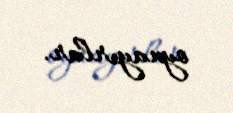
oynayırlar.